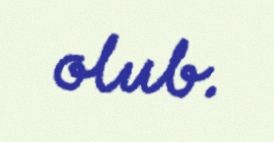
olub.